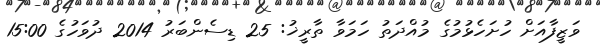
ވަޒީފާއަށް ހުށަހެޅުމުގެ މުއްދަތު ހަމަވާ ތާރީޚު: 25 ޑިސެންބަރު 2014 ދުވަހުގެ 15:00